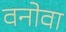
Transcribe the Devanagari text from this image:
वनोवा